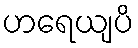
ဟရေယျပိ